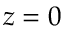
z = 0